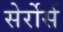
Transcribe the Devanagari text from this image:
सेर्रोर्स